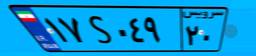
۱۷S۰۴۹۲۰